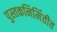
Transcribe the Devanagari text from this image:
पुस्तकनिर्मितीत